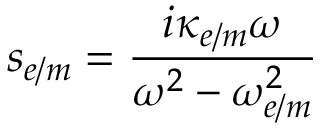
s _ { e / m } = \frac { i \kappa _ { e / m } \omega } { \omega ^ { 2 } - \omega _ { e / m } ^ { 2 } }